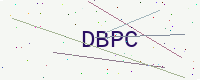
Text: DBPC